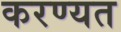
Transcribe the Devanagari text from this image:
करण्यत